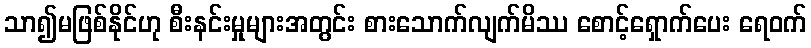
သာ၍မဖြစ်နိုင်ဟု စီးနင်းမှုများအတွင်း စားသောက်လျက်မိဿ စောင့်ရှောက်ပေး ရေဝက်